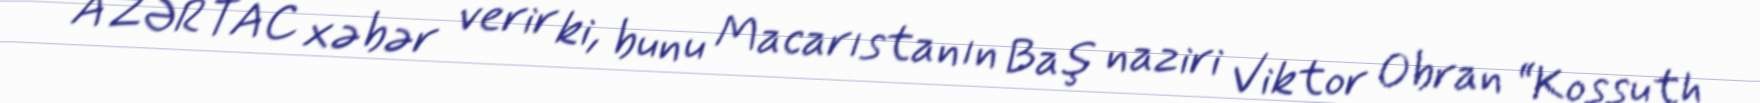
AZƏRTAC xəbər verir ki, bunu Macarıstanın Baş naziri Viktor Obran “Kossuth